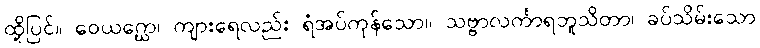
ထို့ပြင်။ ဝေယဂ္ဃော၊ ကျားရေလည်း ရံအပ်ကုန်သော။ သဗ္ဗာလင်္ကာရဘူသိတာ၊ ခပ်သိမ်းသော